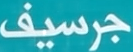
جرسيف